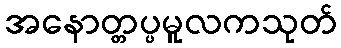
အနောတ္တပ္ပမူလကသုတ်